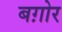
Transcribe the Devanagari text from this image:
बग़ोर